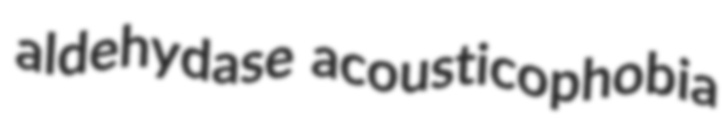
aldehydase acousticophobia